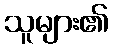
သူများ၏